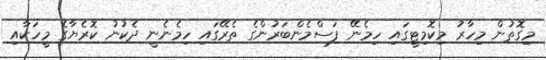
މިގޮތުން މިހާރު މިކޮމިޓީގައި ހިމެނޭ ފަސްމެންބަރުންގެ ތެރޭގައި ހިމެނެނީ ދެކުނު ކޮރެޔާގެ މީހަކާއި